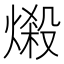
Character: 𪹤